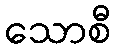
သောစီ